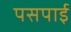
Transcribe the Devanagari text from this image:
पसपाई